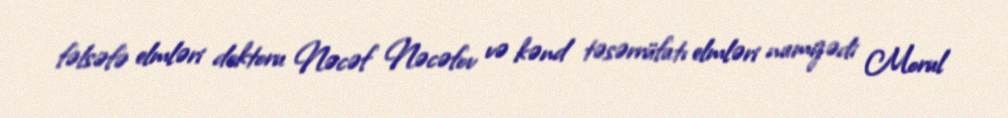
fəlsəfə elmləri doktoru Nəcəf Nəcəfov və kənd təsərrüfatı elmləri namizədi Morul